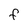
Character: F